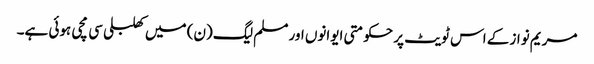
مریم نواز کے اس ٹویٹ پر حکومتی ایوانوں اور مسلم لیگ (ن) میں کھلبلی سی مچی ہوئی ہے۔